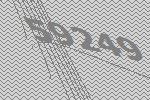
59249